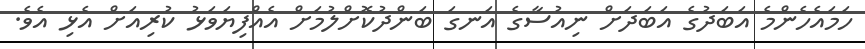
ހަމައެހެންމެ އަބަދުގެ އަބަދަށް ނިއުސާގެ އަނގަ ބަންދުކޮށްލުމަށް އެއްފިޔަވަޅު ކުރިއަށް އެޅި އެވެ.